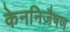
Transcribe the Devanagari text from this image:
केननिज़ैषण